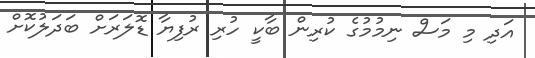
އަދި މި މަސް ނިމުމުގެ ކުރިން ބާކީ ހުރި ރުފިޔާ ޑޮލަރަށް ބަދަލުކޮށް